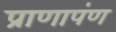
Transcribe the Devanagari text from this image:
प्राणापंण